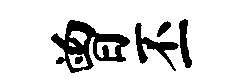
曾丕